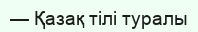
— Қазақ тілі туралы